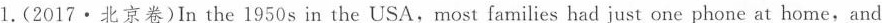
1. (2017 · 北京卷) In the 1950s in the USA, most families had just one phone at home, and